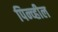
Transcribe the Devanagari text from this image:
पिन्व्हील